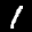
Label: 1